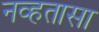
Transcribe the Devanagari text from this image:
नव्हतासा